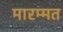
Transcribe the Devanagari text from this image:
मारम्मत